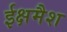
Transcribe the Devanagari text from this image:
ईक्षमैश